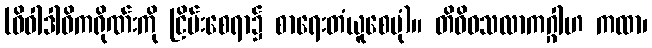
(ဝိဝါဒါဓိကရိုဏ်းကို ငြိမ်းစေရာ၌ စာရေးတံယူစေပုံ)။ တိဝိဓသလာကဂ္ဂါဟ ကထာ၊